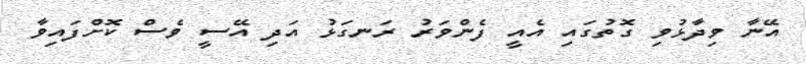
އޭނާ ވިދާޅުވި ގޮތުގައި އެއީ ފެންވަރު ރަނގަޅު އަދި އޭސީ ވެސް ކޮށްފައިވާ